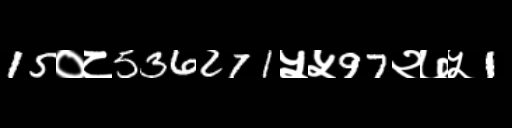
Text: 15०८536271५५97२७५1